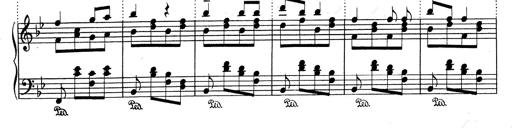
Title: RÃ©miniscences de Don Juan
Composer: Franz Liszt